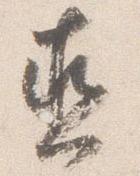
直